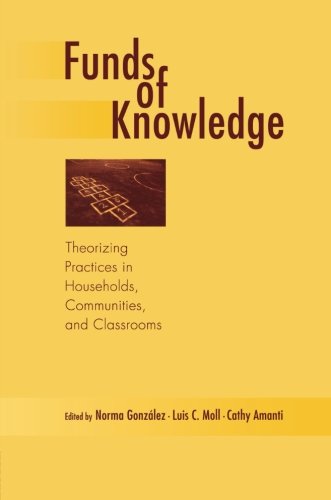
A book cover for Funds of Knowledge: Theorizing Practices in Households, Communities, and Classrooms; Education & Teaching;